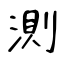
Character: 測